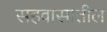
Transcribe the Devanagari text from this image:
सहवासातील